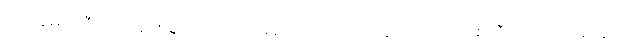
ဗြိတိန်မှာ သီတင်းသုံးစရာ ကျောင်း မရှိ သောင်တင်နေတဲ့ ဒေါ်ဂုဏစာရီ ဝါကပ်ဖို့အတွက်